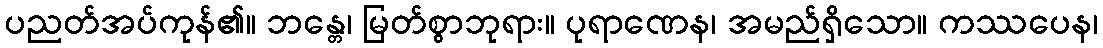
ပညတ်အပ်ကုန်၏။ ဘန္တေ၊ မြတ်စွာဘုရား။ ပုရာဏေန၊ အမည်ရှိသော။ ကဿပေန၊